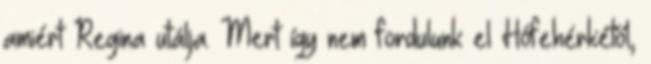
amiért Regina utálja. Mert így nem fordulunk el Hófehérkétől,